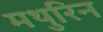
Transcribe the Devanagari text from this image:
मथुरिन